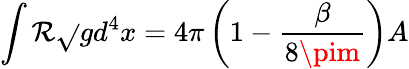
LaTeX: \int\mathcal{R}\sqrt{}{{g}}d^{4}x=4\pi\left(1-{\frac{{\beta}}{{8\pim}}}\right)A